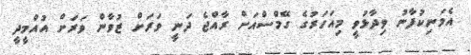
އެމަނިކުފާނު ވިދާޅުވީ މިއަހަރުގެ ގޭމްސްއަށް ރާއްޖެ ދަނީ ވަރަށް ޒުވާން ވަރަށް އުއްމީދީ